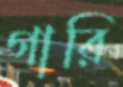
গারি